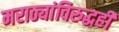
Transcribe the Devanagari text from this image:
मराठ्यांविरुद्धही